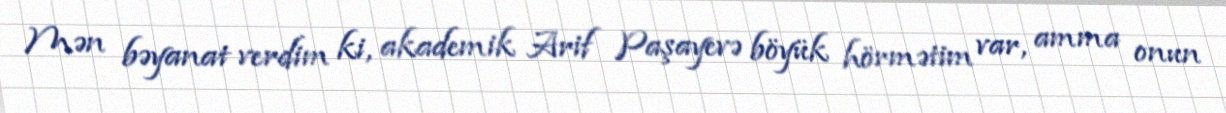
Mən bəyanat verdim ki, akademik Arif Paşayevə böyük hörmətim var, amma onun